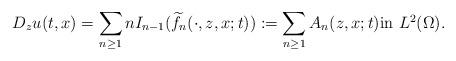
LaTeX: \begin{align*}D_{z}u(t,x)=\sum_{n\geq 1}n I_{n-1}(\widetilde{f}_n(\cdot,z,x;t)):=\sum_{n\geq 1}A_n(z,x;t) \mbox{in $L^2(\Omega)$}.\end{align*}